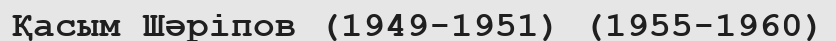
Қасым Шәріпов (1949-1951) (1955-1960)